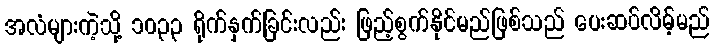
အလံများကဲ့သို့ ၁၀၃၃ ရိုက်နှက်ခြင်းလည်း ဖြည့်စွက်နိုင်မည်ဖြစ်သည် ပေးဆပ်လိမ့်မည်